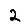
Digit: 2